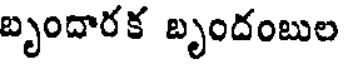
బృందారక బృందంబుల